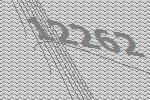
12262